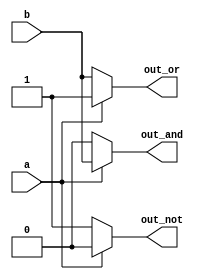


module logicgates_mux(a,b,out_and,out_or,out_not);
input a,b;
output reg out_and,out_or,out_not;
always @(*)
begin
if(a==1'b0)
    begin
    out_and=1'b0;
    out_or= b;
    out_not=1'b1;
    end
 else
    begin
    out_and=b;
    out_or=1'b1;
    out_not=1'b0;
    end
  end
endmodule